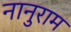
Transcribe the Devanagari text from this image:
नानुराम